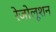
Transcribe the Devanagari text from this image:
रेजोलूशन